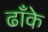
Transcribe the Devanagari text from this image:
ढाँके